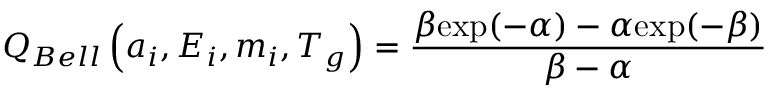
Q _ { B e l l } \left( a _ { i } , E _ { i } , m _ { i } , T _ { g } \right) = \frac { \beta \mathrm { e x p } ( - \alpha ) - \alpha \mathrm { e x p } ( - \beta ) } { \beta - \alpha }